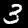
Label: 3